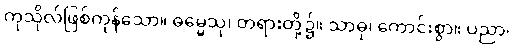
ကုသိုလ်ဖြစ်ကုန်သော။ ဓမ္မေသု၊ တရားတို့၌။ သာဓု၊ ကောင်းစွာ။ ပညာ၊